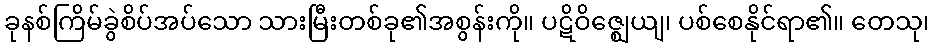
ခုနစ်ကြိမ်ခွဲစိပ်အပ်သော သားမြီးတစ်ခု၏အစွန်းကို။ ပဋိဝိဇ္ဈေယျ၊ ပစ်စေနိုင်ရာ၏။ တေသု၊